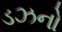
ડઝનો